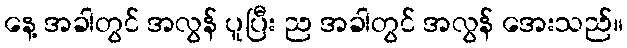
နေ့ အခါတွင် အလွန် ပူပြီး ည အခါတွင် အလွန် အေးသည်။